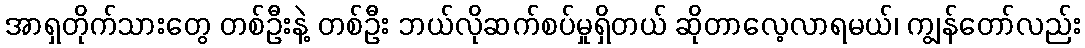
အာရှတိုက်သားတွေ တစ်ဦးနဲ့ တစ်ဦး ဘယ်လိုဆက်စပ်မှုရှိတယ် ဆိုတာလေ့လာရမယ်၊ ကျွန်တော်လည်း